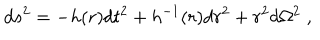
d s ^ { 2 } = - h ( r ) d t ^ { 2 } + h ^ { - 1 } ( r ) d r ^ { 2 } + r ^ { 2 } d \Omega ^ { 2 } \; ,